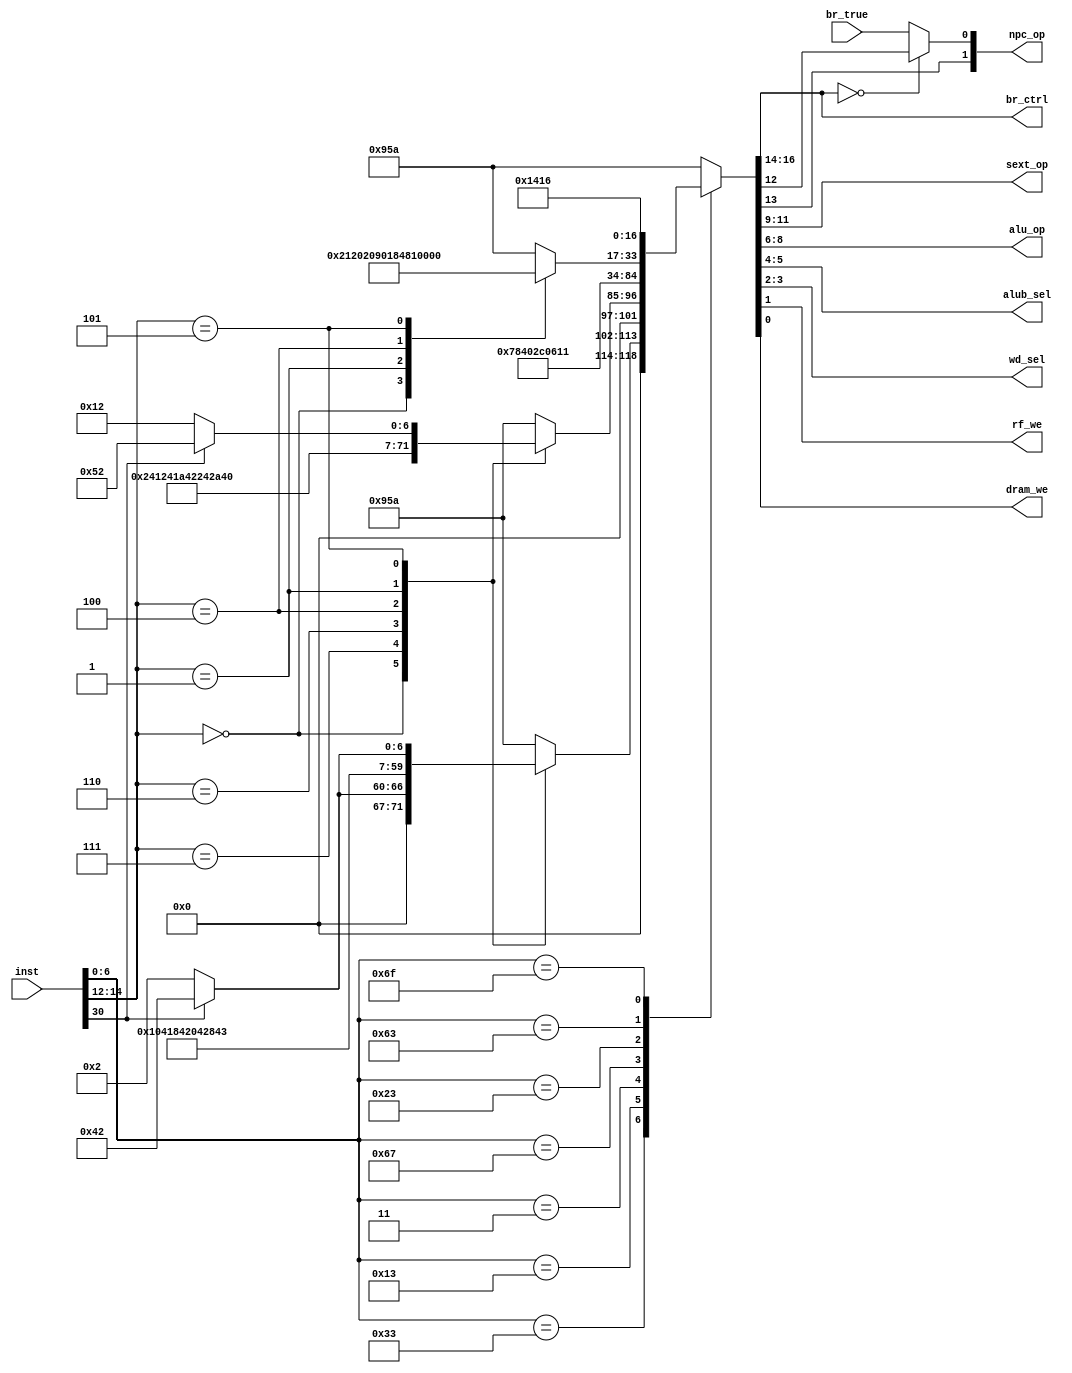
module Control(
    input wire[31:0]inst,
    input wire br_true,
    output wire[2:0]br_ctrl,
    output wire[1:0]npc_op,
    output wire[2:0]sext_op,
    output wire[2:0]alu_op,
    output wire[1:0]alub_sel,
    output wire[1:0]wd_sel,
    output wire rf_we,
    output wire dram_we
    );
    
    wire [16:0]out;     // all outputs
    assign out = opdec(inst[30], inst[14:12], inst[6:0]);   // operation decoder
    function [16:0]opdec(input f7, input [2:0]f3, input [6:0]op);
    begin
        case(op)
            7'b0110011:begin    // R
                case(f3)
                    3'b000:begin    // add/sub
                        if(!f7) opdec = {3'd0, 2'd0, 3'd0, 3'd0, 2'd0, 2'd0, 1'd1, 1'd0};   // add
                        else    opdec = {3'd0, 2'd0, 3'd0, 3'd1, 2'd0, 2'd0, 1'd1, 1'd0};   // sub
                    end
                    3'b111: opdec = {3'd0, 2'd0, 3'd0, 3'd2, 2'd0, 2'd0, 1'd1, 1'd0};       // and
                    3'b110: opdec = {3'd0, 2'd0, 3'd0, 3'd3, 2'd0, 2'd0, 1'd1, 1'd0};       // or
                    3'b100: opdec = {3'd0, 2'd0, 3'd0, 3'd4, 2'd0, 2'd0, 1'd1, 1'd0};       // xor
                    3'b001: opdec = {3'd0, 2'd0, 3'd0, 3'd5, 2'd0, 2'd0, 1'd1, 1'd0};       // sll
                    3'b101:begin    // srl/sra
                        if(!f7) opdec = {3'd0, 2'd0, 3'd0, 3'd6, 2'd0, 2'd0, 1'd1, 1'd0};   // srl
                        else    opdec = {3'd0, 2'd0, 3'd0, 3'd7, 2'd0, 2'd0, 1'd1, 1'd0};   // sra
                    end
                    default:    opdec = {3'd0, 2'd0, 3'd4, 3'd5, 2'd1, 2'd2, 1'd1, 1'd0};   // lui
                endcase
            end
            7'b0010011:begin    // I (addi...srai)
                case(f3)
                    3'b000: opdec = {3'd0, 2'd0, 3'd0, 3'd0, 2'd1, 2'd0, 1'd1, 1'd0};   // addi
                    3'b111: opdec = {3'd0, 2'd0, 3'd0, 3'd2, 2'd1, 2'd0, 1'd1, 1'd0};   // andi
                    3'b110: opdec = {3'd0, 2'd0, 3'd0, 3'd3, 2'd1, 2'd0, 1'd1, 1'd0};   // ori
                    3'b100: opdec = {3'd0, 2'd0, 3'd0, 3'd4, 2'd1, 2'd0, 1'd1, 1'd0};   // xori
                    3'b001: opdec = {3'd0, 2'd0, 3'd0, 3'd5, 2'd1, 2'd0, 1'd1, 1'd0};   // slli
                    3'b101:begin    // srli/srai
                        if(!f7) opdec = {3'd0, 2'd0, 3'd0, 3'd6, 2'd1, 2'd0, 1'd1, 1'd0};   // srli
                        else    opdec = {3'd0, 2'd0, 3'd0, 3'd7, 2'd1, 2'd0, 1'd1, 1'd0};   // srai
                    end
                    default:    opdec = {3'd0, 2'd0, 3'd4, 3'd5, 2'd1, 2'd2, 1'd1, 1'd0};   // lui
                endcase
            end
            7'b0000011: opdec = {3'd0, 2'd0, 3'd0, 3'd0, 2'd1, 2'd3, 1'd1, 1'd0};   // lw
            7'b1100111: opdec = {3'd0, 2'd2, 3'd0, 3'd0, 2'd1, 2'd1, 1'd1, 1'd0};   // jalr
            7'b0100011: opdec = {3'd0, 2'd0, 3'd3, 3'd0, 2'd1, 2'd0, 1'd0, 1'd1};   // S
            7'b1100011:begin    // B
                case(f3)
                    3'b000: opdec = {3'd1, 2'd0, 3'd1, 3'd1, 2'd0, 2'd0, 1'd0, 1'd0};       // beq
                    3'b001: opdec = {3'd2, 2'd0, 3'd1, 3'd1, 2'd0, 2'd0, 1'd0, 1'd0};       // bne
                    3'b100: opdec = {3'd3, 2'd0, 3'd1, 3'd1, 2'd0, 2'd0, 1'd0, 1'd0};       // blt
                    3'b101: opdec = {3'd4, 2'd0, 3'd1, 3'd1, 2'd0, 2'd0, 1'd0, 1'd0};       // bge
                    default:    opdec = {3'd0, 2'd0, 3'd4, 3'd5, 2'd1, 2'd2, 1'd1, 1'd0};   // lui
                endcase
            end
            7'b0110111: opdec = {3'd0, 2'd0, 3'd4, 3'd5, 2'd1, 2'd2, 1'd1, 1'd0};   // lui
            7'b1101111: opdec = {3'd0, 2'd1, 3'd2, 3'd0, 2'd1, 2'd1, 1'd1, 1'd0};   // jal
            default:    opdec = {3'd0, 2'd0, 3'd4, 3'd5, 2'd1, 2'd2, 1'd1, 1'd0};   // lui
        endcase
    end
    endfunction
    
    assign br_ctrl  =   out[16:14];
    assign npc_op   =   (br_ctrl == 3'd0) ? out[13:12] : {out[13], br_true};
    assign sext_op  =   out[11:9];
    assign alu_op   =   out[8:6];
    assign alub_sel =   out[5:4];
    assign wd_sel   =   out[3:2];
    assign rf_we    =   out[1];
    assign dram_we  =   out[0];
    
endmodule